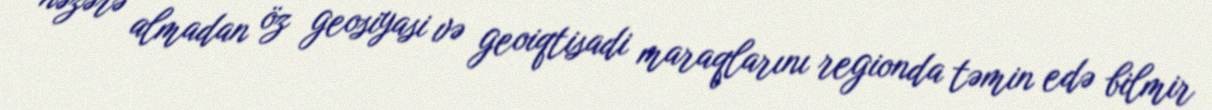
nəzərə almadan öz geosiyasi və geoiqtisadi maraqlarını regionda təmin edə bilmir